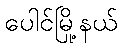
ပေါင်မြို့နယ်